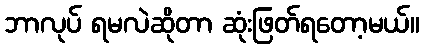
ဘာလုပ် ရမလဲဆိုတာ ဆုံးဖြတ်ရတော့မယ်။